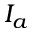
I _ { a }